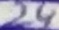
Text: 24